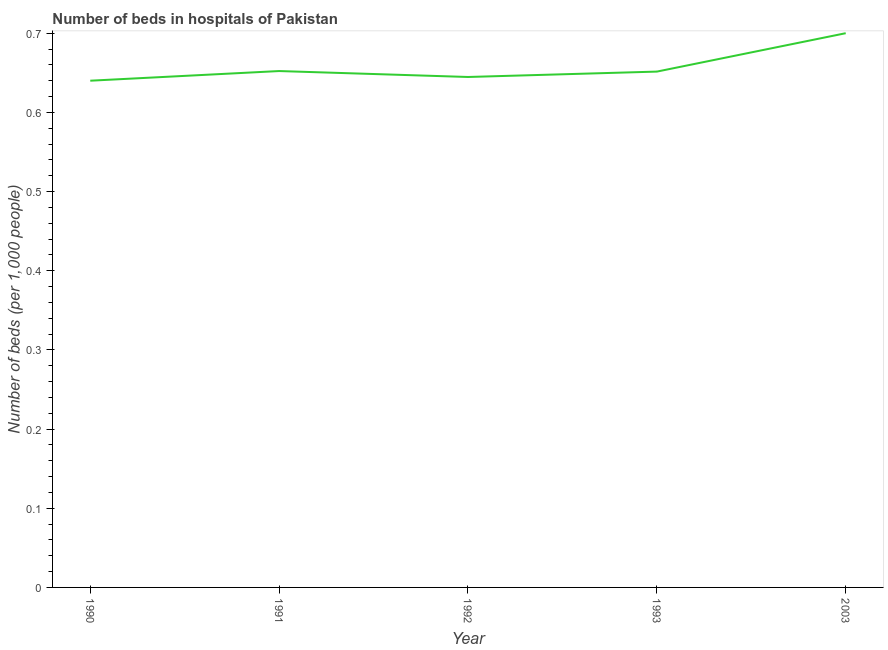
| Year | Hospital beds |
 | --- | --- |
 | 1990 | 0.64 |
 | 1991 | 0.652 |
 | 1992 | 0.645 |
 | 1993 | 0.651 |
 | 2003 | 0.7 |